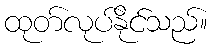
ထုတ်လုပ်နိုင်သည်။